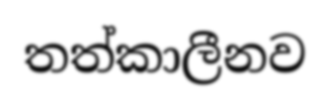
තත්කාලීනව